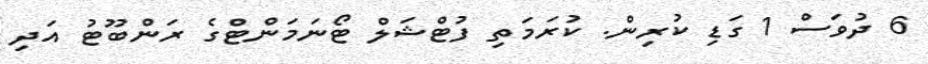
6 ދުވަސް 1 ގަޑި ކުރިން. ކުރަމަތި ފުޓްޝަލް ޓޯނަމަންޓްގެ ރަންބޫޓު އަދި